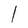
Character: l